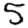
Digit: 5